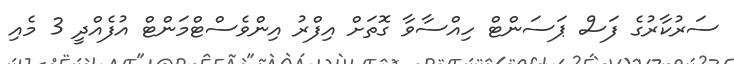
ސަރުކާރުގެ ފަސް ޕަސަންޓް ހިއްސާވާ ގޮތަށް އިފްރު އިންވެސްޓްމަންޓް އުފެއްދީ 3 މެއި